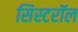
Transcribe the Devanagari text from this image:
सिस्टरॉल